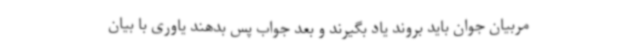
مربیان جوان باید بروند یاد بگیرند و بعد جواب پس بدهند یاوری با بیان